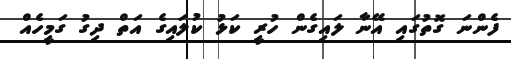
ފެންނަ ގޮތުގައި އޭނާ ލައިގެން ހުރީ ކަޅު ކުލައިގެ އަތް ދިގު ގަމީހެއް